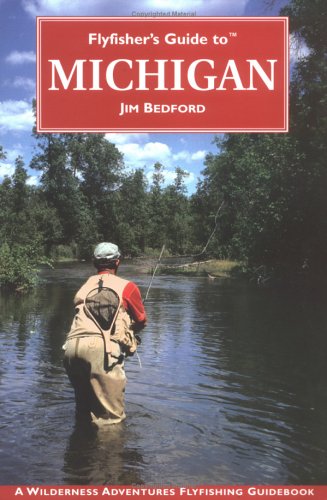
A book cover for Flyfisher's Guide To Michigan (Flyfisher's Guide Series); Jim Bedford; Travel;